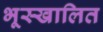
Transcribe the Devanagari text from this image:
भूस्खालित